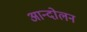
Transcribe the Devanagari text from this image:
अान्दोलन